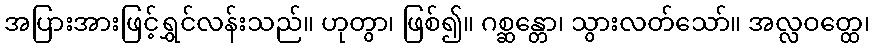
အပြားအားဖြင့်ရွှင်လန်းသည်။ ဟုတွာ၊ ဖြစ်၍။ ဂစ္ဆန္တော၊ သွားလတ်သော်။ အလ္လဝတ္ထေ၊